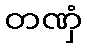
တဏှံ